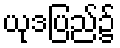
ယုဒပြည်၌